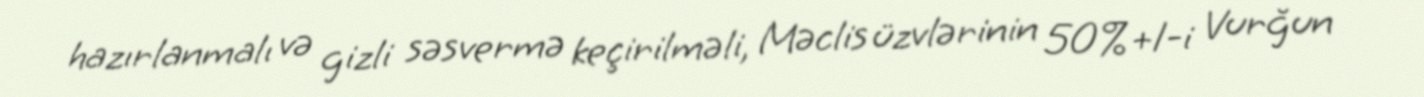
hazırlanmalı və gizli səsvermə keçirilməli, Məclis üzvlərinin 50%+1-i Vurğun